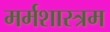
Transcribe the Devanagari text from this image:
मर्मशास्त्रम